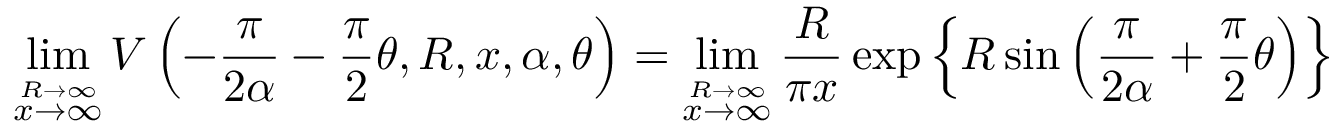
\operatorname* { l i m } _ { \stackrel { R \to \infty } { x \to \infty } } V \left( - \frac { \pi } { 2 \alpha } - \frac { \pi } { 2 } \theta , R , x , \alpha , \theta \right) = \operatorname* { l i m } _ { \stackrel { R \to \infty } { x \to \infty } } \frac { R } { \pi x } \exp \left\{ R \sin \left( \frac { \pi } { 2 \alpha } + \frac { \pi } { 2 } \theta \right) \right\}